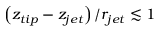
\left( z _ { t i p } - z _ { j e t } \right) / r _ { j e t } \lesssim 1